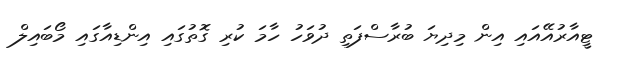
ޓީއާރުއޭއައި އިން މިދިޔަ ބުރާސްފަތި ދުވަހު ހާމަ ކުރި ގޮތުގައި އިންޑިއާގައި މޯބައިލް